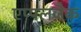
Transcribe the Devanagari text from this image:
एप्पलजैक